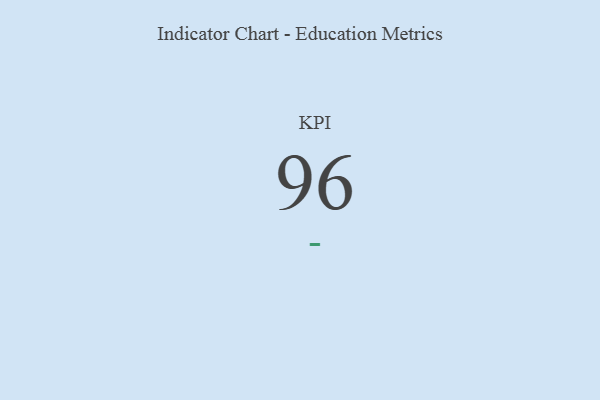
{"axis": {"x": "KPI", "y": "Value"}, "legend": [""], "data": [{"x": "KPI", "y": 96, "type": ""}]}